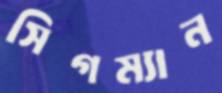
সিগম্যান